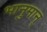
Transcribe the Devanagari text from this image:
भानुमान्